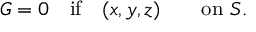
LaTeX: G = 0 \quad { \mathrm { i f } } \quad ( x , y , z ) \qquad { \mathrm { o n ~ } } S .